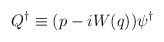
\begin{align*}Q^\dagger \equiv ( p - i W(q)) \psi^\dagger\end{align*}